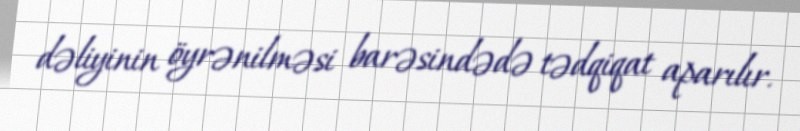
dəliyinin öyrənilməsi barəsindədə tədqiqat aparılır.